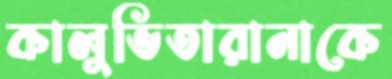
কালুভিতারানাকে